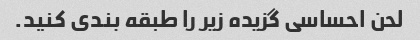
لحن احساسی گزیده زیر را طبقه بندی کنید.